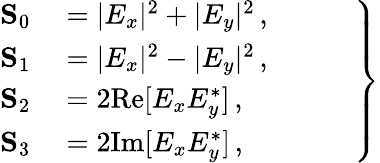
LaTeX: \left.\begin{array}{rl}{\mathbf{S}_{0}}&{{}=|E_{x}|^{2}+|E_{y}|^{2}\, ,\phantom{ZZZZ}}\\ {\mathbf{S}_{1}}&{{}=|E_{x}|^{2}-|E_{y}|^{2}\, ,}\\ {\mathbf{S}_{2}}&{{}=2\mathrm{Re}[E_{x}E_{y}^{\ast}]\, ,}\\ {\mathbf{S}_{3}}&{{}=2\mathrm{Im}[E_{x}E_{y}^{\ast}]\, ,}\end{array}\right\}